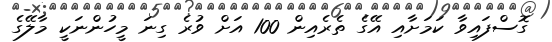
ގޮސްފައިވާ ކަމަށާއި އޭގެ ތެރެއިން 100 އަށް ވުރެ ގިނަ މީހުންނަކީ މާލޭގެ